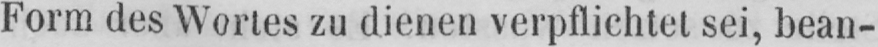
Form des Wortes zu dienen verpflichtet sei, bean-